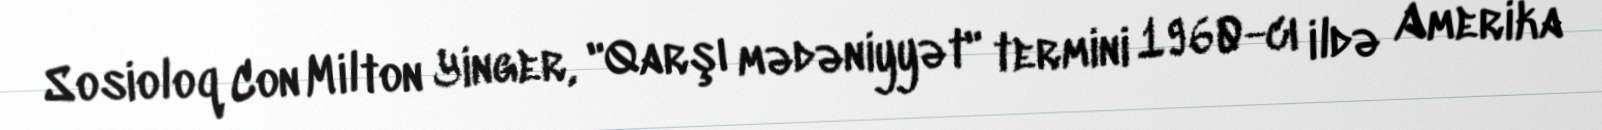
Sosioloq Con Milton Yinger, "Qarşı mədəniyyət" termini 1960-cı ildə Amerika